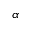
\alpha